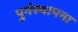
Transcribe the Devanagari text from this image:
पुर्नस्‍थापना